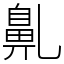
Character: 𪖐